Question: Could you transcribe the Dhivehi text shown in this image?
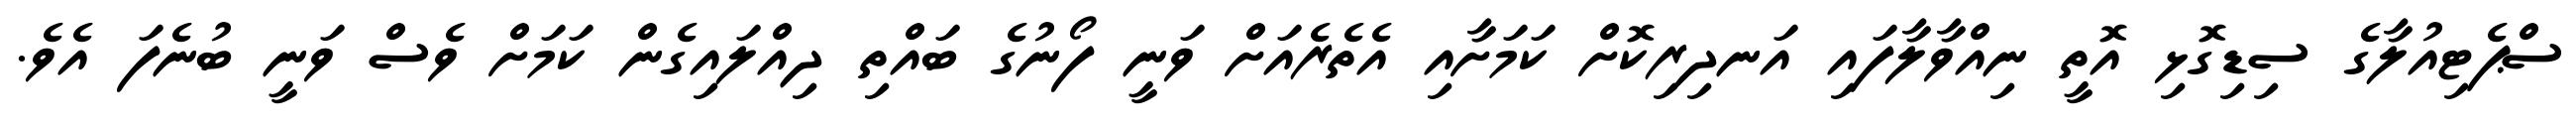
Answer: ސްޕެޓިއުލާގެ ސިޑިގޮޅި އޮތީ ނިއްވާލާފައި އަނދިރިކޮށް ކަމަށާއި އެތެރެއަށް ވަނީ ފޯނުގެ ބައްތި ދިއްލައިގެން ކަމަށް ވެސް ވަނީ ބުނެފަ އެވެ.